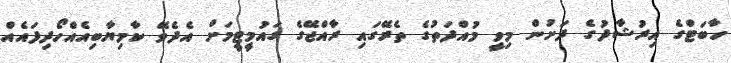
ހާބަޓްގެ އިރުޝާދުގެ ދަށުން މިވީ މުއްދަތުގެ ތެރޭގައި ރާއްޖޭގެ ގައުމީޓީމަށް އެދެވޭ ކާމިޔާބިއެއްހޯދިފައެއް